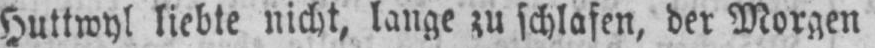
Huttwyl liebte nicht, lauge zu schlafen, der Morgen